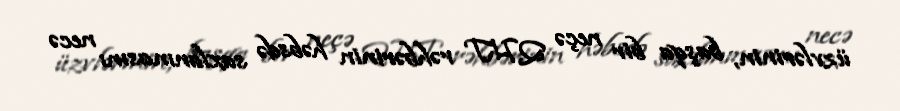
üzvlərinin, başqa bir neçə QHT rəhbərinin həbsdə saxlanmasını necə